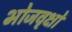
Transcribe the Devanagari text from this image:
भोजवृक्षों